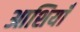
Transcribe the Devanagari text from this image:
आशियाँ